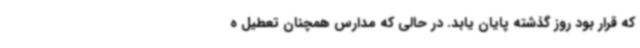
که قرار بود روز گذشته پایان یابد. در حالی که مدارس همچنان تعطیل ه